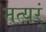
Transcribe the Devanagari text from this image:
मत्यर्ं